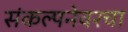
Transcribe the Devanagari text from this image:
संकल्पनेवरचा